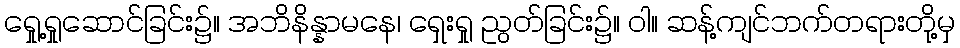
ရှေု့ရှုဆောင်ခြင်း၌။ အဘိနိန္နာမနေ၊ ရှေးရှု ညွတ်ခြင်း၌။ ဝါ။ ဆန့်ကျင်ဘက်တရားတို့မှ